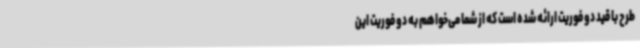
طرح با قید دو فوریت ارائه شده است که از شما می‌خواهم به دو فوریت این